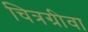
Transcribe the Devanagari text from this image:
चित्रग्रीवा